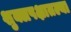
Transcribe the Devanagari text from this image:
शुक्लपक्षातल्या